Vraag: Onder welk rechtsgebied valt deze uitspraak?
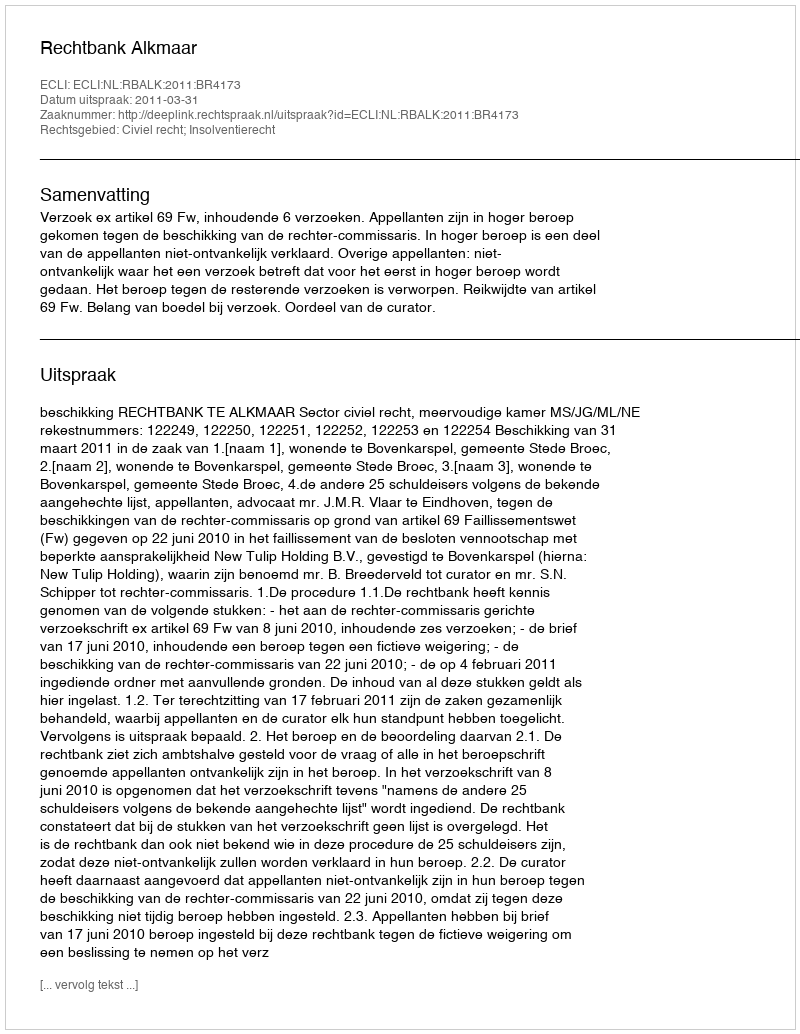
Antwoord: Civiel recht; Insolventierecht